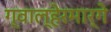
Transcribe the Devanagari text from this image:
ग्वाल्हेरमार्गे